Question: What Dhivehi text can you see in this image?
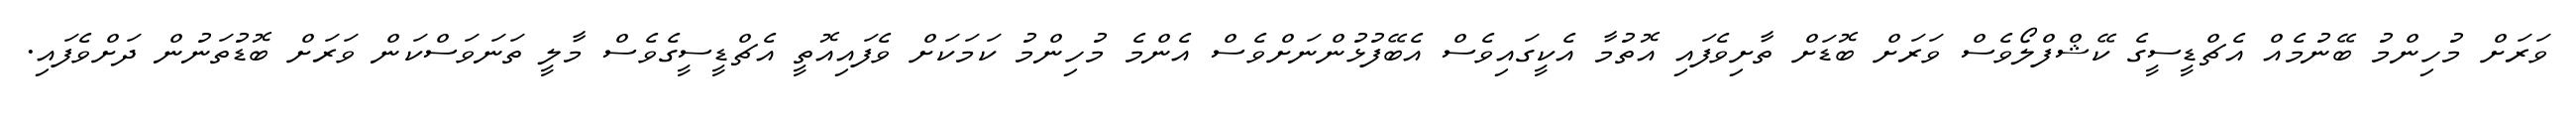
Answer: ވަރަށް މުހިންމު ބޭނުމެއް އެޗްޑީސީގެ ކޭޝްފްލޯވެސް ވަރަށް ބޮޑަށް ތާށިވެފައި އޮތުމާ އެކީގައިވެސް އެބޭފުޅުންނަށްވެސް އެންމެ މުހިންމު ކަމަކަށް ވެފައިއޮތީ އެޗްޑީސީގެވެސް މާލީ ތަނަވަސްކަން ވަރަށް ބޮޑުތަނުން ދަށްވެފައި.